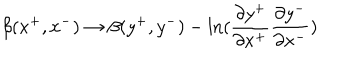
\beta ( x ^ { + } , x ^ { - } ) \rightarrow \beta ( y ^ { + } , y ^ { - } ) - \ln ( { \frac { \partial y ^ { + } } { \partial x ^ { + } } } { \frac { \partial y ^ { - } } { \partial x ^ { - } } } )